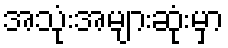
အသုံးအများဆုံးမှာ